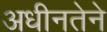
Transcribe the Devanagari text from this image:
अधीनतेने